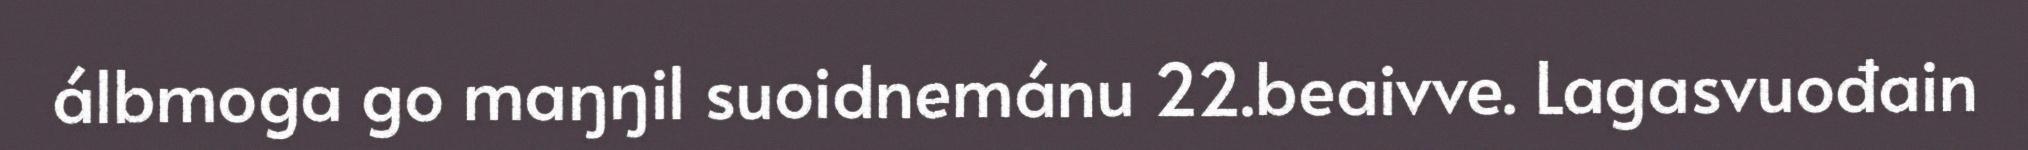
álbmoga go maŋŋil suoidnemánu 22.beaivve. Lagasvuođain